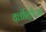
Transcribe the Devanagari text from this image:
क्लॉस्ट्रिडिअम